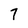
Character: 7